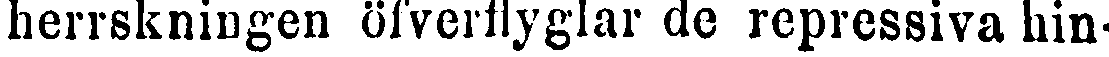
herrskningen öfverflyglar de repressiva hin-